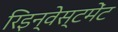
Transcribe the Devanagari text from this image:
रिइन्वेस्टमेंट